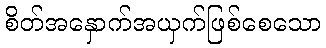
စိတ်အနှောက်အယှက်ဖြစ်စေသော